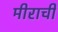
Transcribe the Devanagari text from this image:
मीराची